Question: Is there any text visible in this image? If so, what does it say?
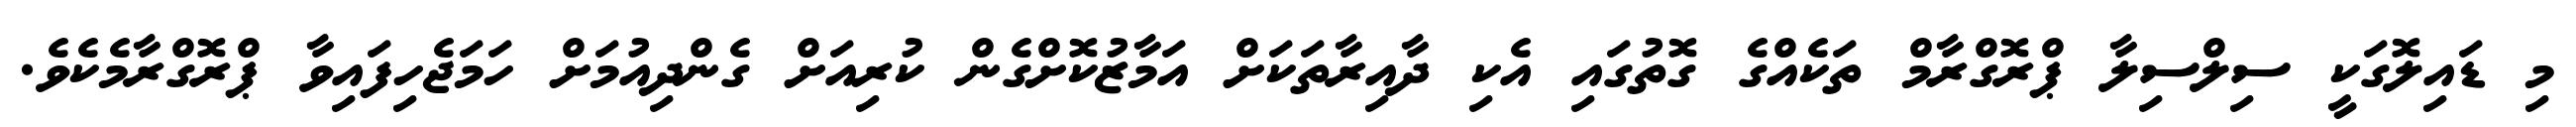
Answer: މި ޑައިލޮގަކީ ސިލްސިލާ ޕްރޮގްރާމް ތަކެއްގެ ގޮތުގައި އެކި ދާއިރާތަކަށް އަމާޒުކޮށްގެން ކުރިއަށް ގެންދިއުމަށް ހަމަޖެހިފައިވާ ޕްރޮގްރާމެކެވެ.